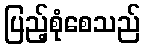
ပြည့်စုံစေသည်